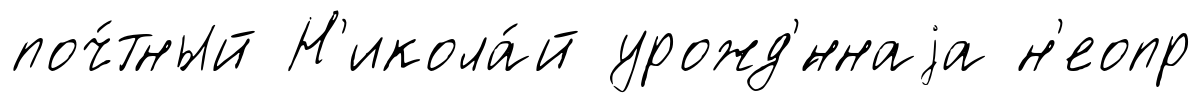
поч́тный Н'икола́й урожд'́ннаjа н'еопр